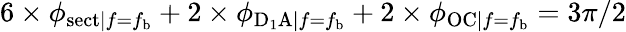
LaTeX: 6\times\phi_{\mathrm{sect}|f=f_{\mathrm{b}}}+2\times\phi_{\mathrm{D_{1}A}|f=f_{\mathrm{b}}}+2\times\phi_{\mathrm{OC}|f=f_{\mathrm{b}}}=3\pi/2